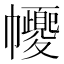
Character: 𢅼